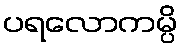
ပရလောကမ္ပိ